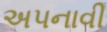
અપનાવી